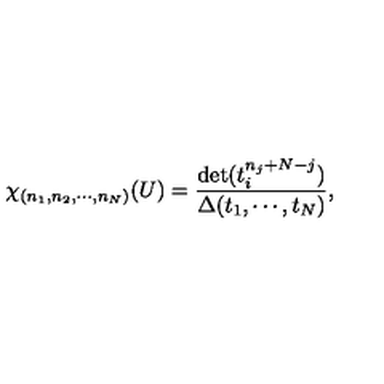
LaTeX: \chi _ { ( n _ { 1 } , n _ { 2 } , \cdots , n _ { N } ) } ( U ) = \frac { \det ( t _ { i } ^ { n _ { j } + N - j } ) } { \Delta ( t _ { 1 } , \cdots , t _ { N } ) } ,